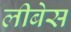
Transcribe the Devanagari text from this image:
लीबेस